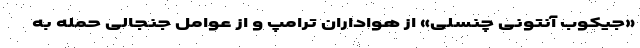
«جیکوب آنتونی چَنسلی» از هواداران ترامپ و از عوامل جنجالی حمله به